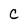
Character: C